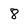
Character: 8